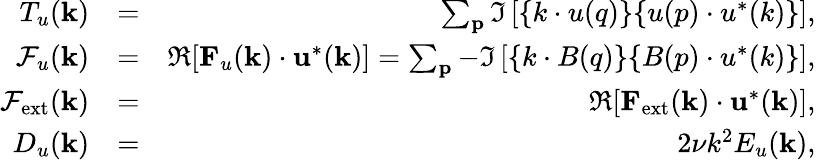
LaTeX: \begin{array}{rlr}{T_{u}({\mathbf k})}&{=}&{\sum_{\mathbf p}\Im\left[{\mathbf\{ k\cdot u(q)\} \{ u(p)\cdot u^{*}(k)\} }\right],}\\ {\mathcal{F}_{u}({\mathbf k})}&{=}&{\Re[{\mathbf F}_{u}({\mathbf k})\cdot{\mathbf u}^{*}({\mathbf k})]=\sum_{\mathbf p}-\Im\left[{\mathbf\{ k\cdot B(q)\} \{ B(p)\cdot u^{*}(k)\} }\right],}\\ {\mathcal{F}_{\mathrm{ext}}({\mathbf k})}&{=}&{\Re[{\mathbf F}_{\mathrm{ext}}({\mathbf k})\cdot{\mathbf u}^{*}({\mathbf k})],}\\ {D_{u}(\mathbf{k})}&{=}&{2\nu k^{2}E_{u}({\mathbf k}),}\end{array}